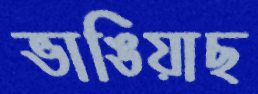
ভাঙিয়াছ